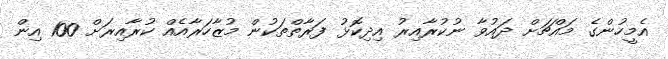
އެމީހުންގެ މައްޗަށް ދައުވާ ނުކުރާއިރު އިދިކޮޅު ފަރާތްތަކުން މުޒާހަރާއެއް ކުރާއިރަށް 100 އިން